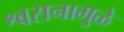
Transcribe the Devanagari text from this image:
श्वसनामुळे